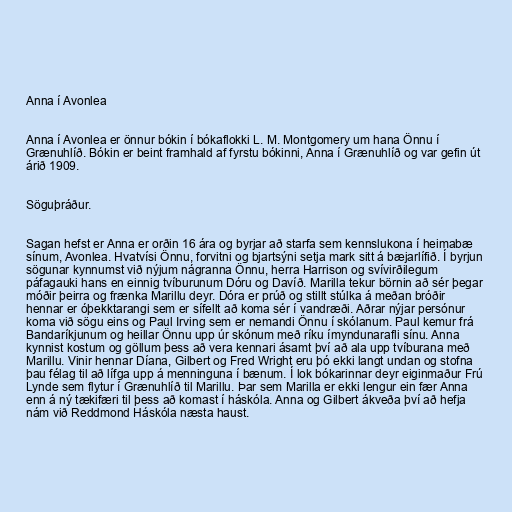
Anna í Avonlea

Anna í Avonlea er önnur bókin í bókaflokki L. M. Montgomery um hana Önnu í
Grænuhlíð. Bókin er beint framhald af fyrstu bókinni, Anna í Grænuhlíð og var gefin út
árið 1909.

Söguþráður.

Sagan hefst er Anna er orðin 16 ára og byrjar að starfa sem kennslukona í heimabæ
sínum, Avonlea. Hvatvísi Önnu, forvitni og bjartsýni setja mark sitt á bæjarlífið. Í byrjun
sögunar kynnumst við nýjum nágranna Önnu, herra Harrison og svívirðilegum
páfagauki hans en einnig tvíburunum Dóru og Davíð. Marilla tekur börnin að sér þegar
móðir þeirra og frænka Marillu deyr. Dóra er prúð og stillt stúlka á meðan bróðir
hennar er óþekktarangi sem er sífellt að koma sér í vandræði. Aðrar nýjar persónur
koma við sögu eins og Paul Irving sem er nemandi Önnu í skólanum. Paul kemur frá
Bandaríkjunum og heillar Önnu upp úr skónum með ríku ímyndunarafli sínu. Anna
kynnist kostum og göllum þess að vera kennari ásamt því að ala upp tvíburana með
Marillu. Vinir hennar Díana, Gilbert og Fred Wright eru þó ekki langt undan og stofna
þau félag til að lífga upp á menninguna í bænum. Í lok bókarinnar deyr eiginmaður Frú
Lynde sem flytur í Grænuhlíð til Marillu. Þar sem Marilla er ekki lengur ein fær Anna
enn á ný tækifæri til þess að komast í háskóla. Anna og Gilbert ákveða því að hefja
nám við Reddmond Háskóla næsta haust.